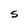
Character: S